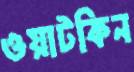
ওয়াটকিন